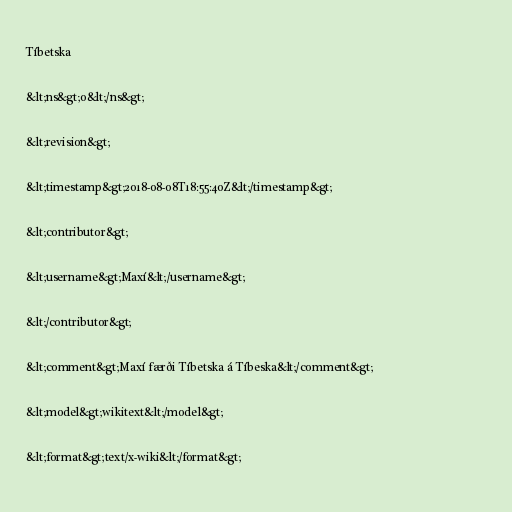
Tíbetska

&lt;ns&gt;0&lt;/ns&gt;

&lt;revision&gt;

&lt;timestamp&gt;2018-08-08T18:55:40Z&lt;/timestamp&gt;

&lt;contributor&gt;

&lt;username&gt;Maxí&lt;/username&gt;

&lt;/contributor&gt;

&lt;comment&gt;Maxí færði Tíbetska á Tíbeska&lt;/comment&gt;

&lt;model&gt;wikitext&lt;/model&gt;

&lt;format&gt;text/x-wiki&lt;/format&gt;